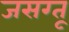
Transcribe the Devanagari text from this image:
जसग्तू